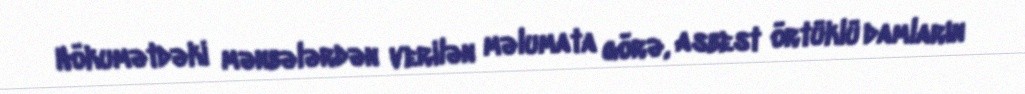
Hökumətdəki mənbələrdən verilən məlumata görə, asbest örtüklü damların